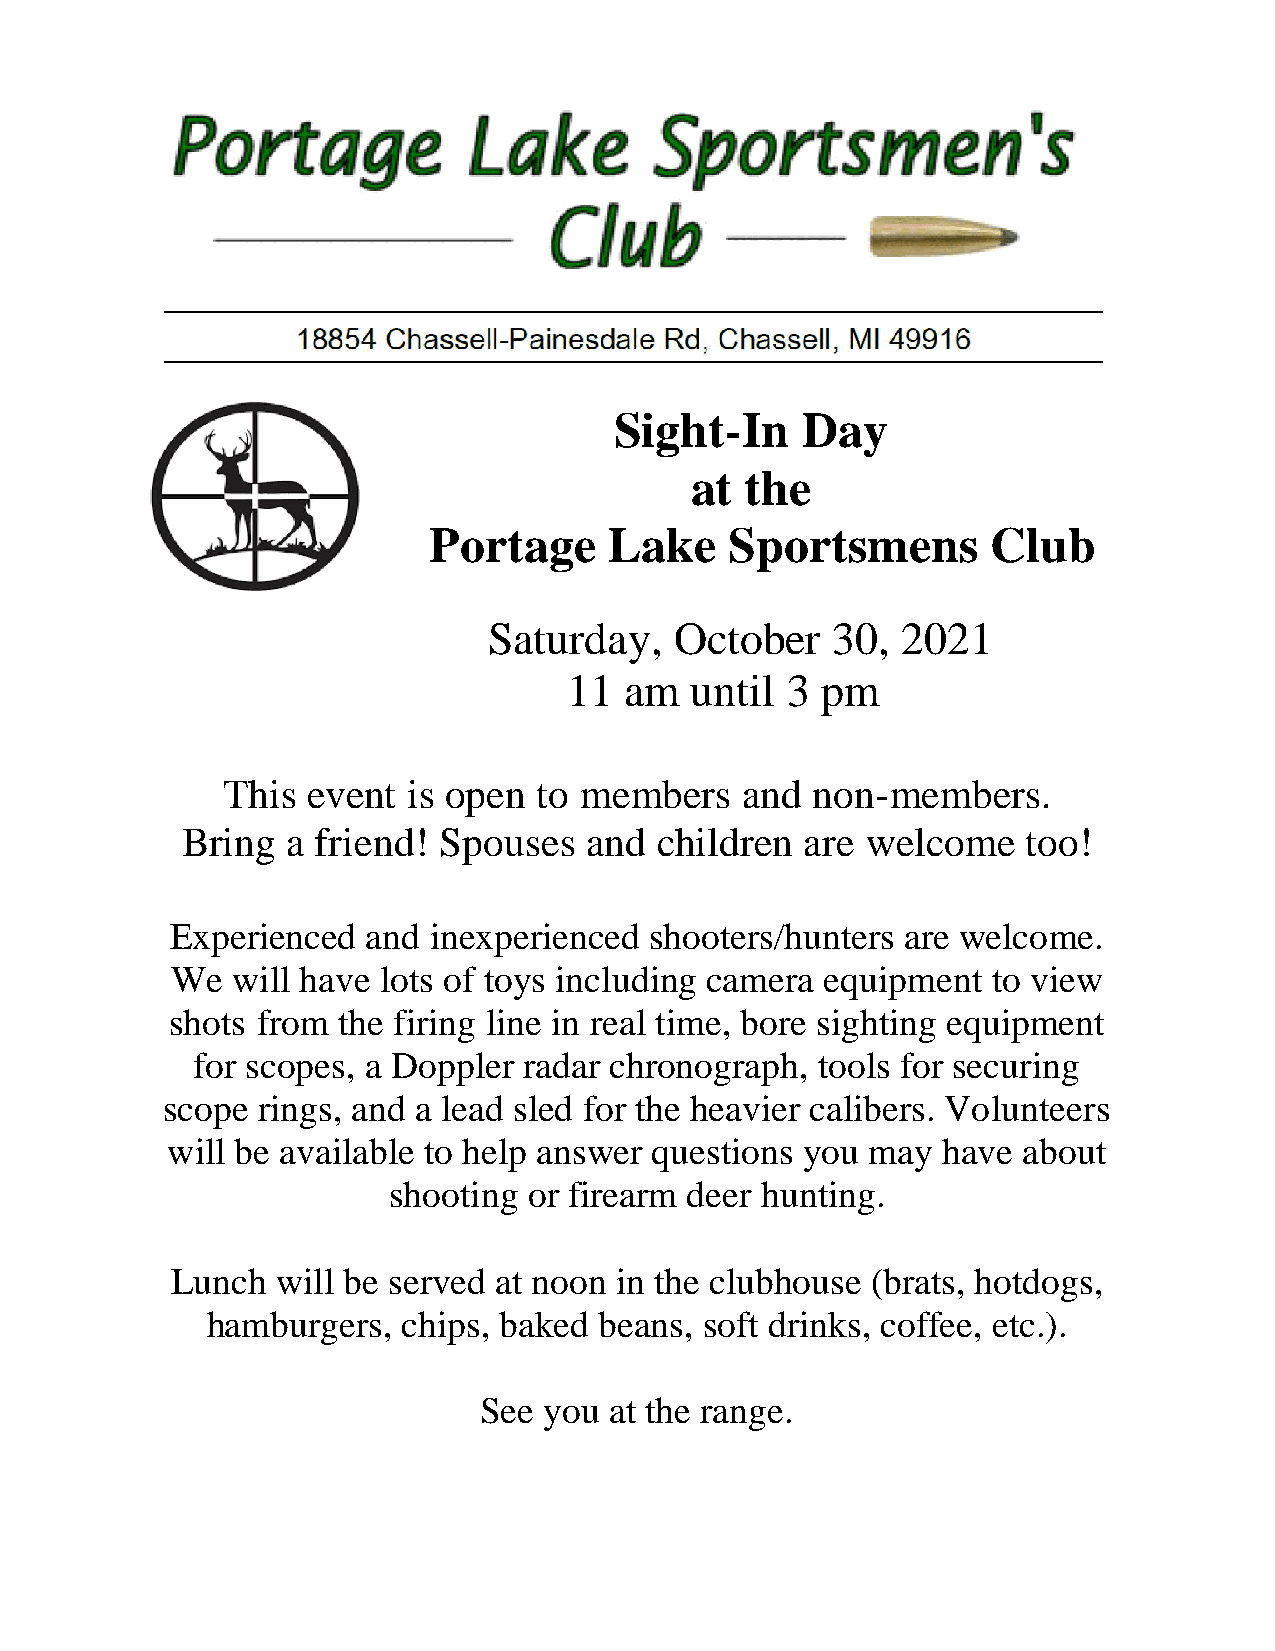
Sight-In    Day
 at the
 Portage     Lake    Sportsmens        Club
 Saturday,    October   30,  2021
 11 am   until 3 pm
 This event  is open  to members   and  non-members.
 Bring  a friend! Spouses   and  children are welcome    too!
 Experienced  and inexperienced  shooters/hunters are welcome.
 We  will have lots of toys including camera equipment  to view
 shots from the firing line in real time, bore sighting equipment
 for scopes, a Doppler radar chronograph, tools for securing
 scope rings, and a lead sled for the heavier calibers. Volunteers
 will be available to help answer questions you may have  about
 shooting or firearm deer hunting.
 Lunch  will be served at noon in the clubhouse (brats, hotdogs,
 hamburgers,  chips, baked beans, soft drinks, coffee, etc.).
 See you at the range.